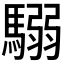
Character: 𩥩